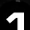
Digit: 1